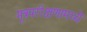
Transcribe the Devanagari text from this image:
मूत्रपरीक्षणामध्ये